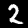
Label: 2